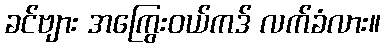
ခင်ဗျား အကြွေးဝယ်ကဒ် လက်ခံလား။